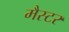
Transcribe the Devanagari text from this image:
मैस्टर